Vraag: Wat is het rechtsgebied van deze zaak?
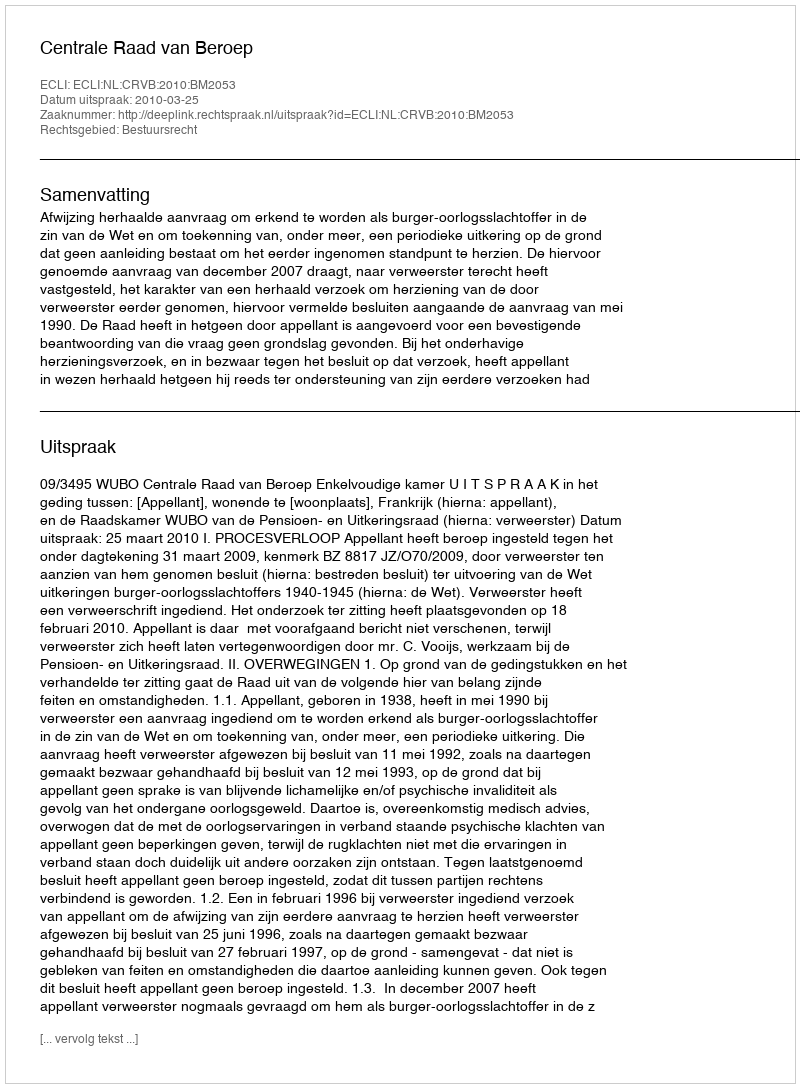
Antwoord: Bestuursrecht